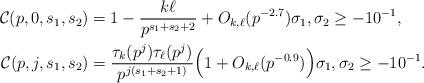
LaTeX: \begin{align*} \mathcal{C}(p,0,s_1,s_2) & = 1- \frac{k\ell}{p^{s_1+s_2+2}} + O_{k,\ell}( p^{-2.7}) \sigma_1, \sigma_2 \ge -10^{-1}, \\ \mathcal{C}(p,j,s_1,s_2) & = \frac{\tau_{k}(p^j) \tau_{\ell}(p^j)}{p^{j(s_1+s_2+1)} } \Big(1+O_{k,\ell}(p^{-0.9}) \Big) \sigma_1, \sigma_2 \ge -10^{-1}.\end{align*}